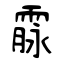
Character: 霡